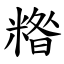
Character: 糌